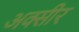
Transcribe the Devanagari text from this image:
अक्सीर